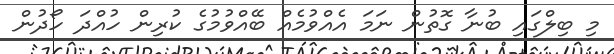
މި ބިލްގައި ބުނާ ގޮތުން ނަމަ އެއްވުމެއް ބޭއްވުމުގެ ކުރިން ހުއްދަ ހޯދުން